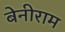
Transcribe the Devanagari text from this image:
बेनीराम